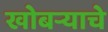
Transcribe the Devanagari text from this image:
खोबऱ्याचे